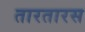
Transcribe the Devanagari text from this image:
तारतारस